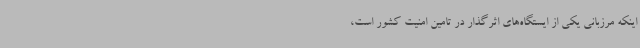
اینکه مرزبانی یکی از ایستگاه‌های اثرگذار در تامین امنیت کشور است،